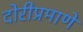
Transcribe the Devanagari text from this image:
दोरीप्रमाणे